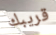
قريبك